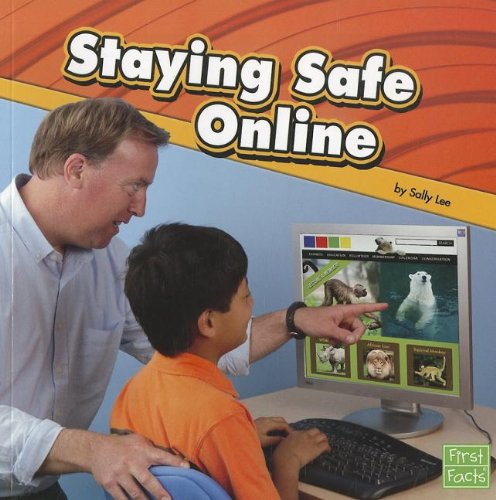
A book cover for Staying Safe Online; Sally Lee; Children's Books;